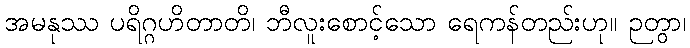
အမနုဿ ပရိဂ္ဂဟိတာတိ၊ ဘီလူးစောင့်သော ရေကန်တည်းဟု။ ဉတွာ၊